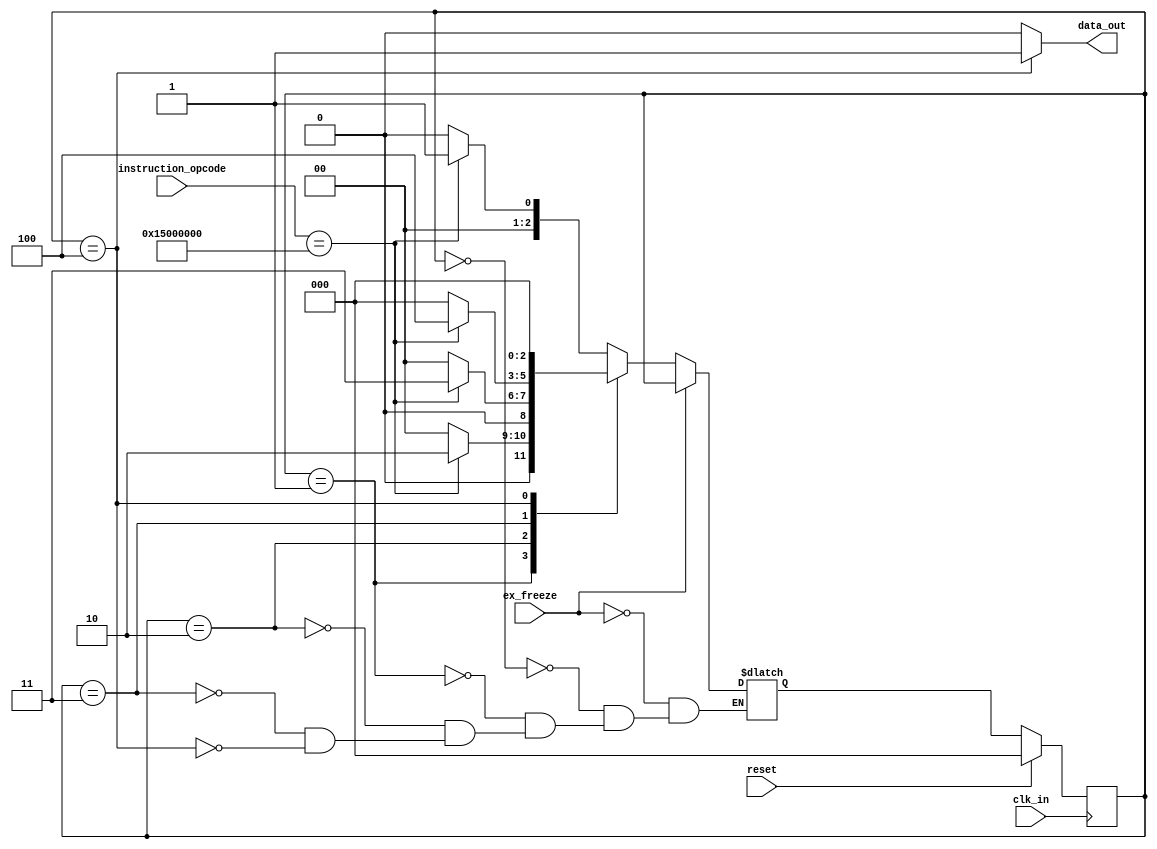
module spoof(
	instruction_opcode,
	ex_freeze,
	clk_in,
	data_out,
	reset
	);
input	[31:0]	instruction_opcode;
input		ex_freeze;
input		clk_in;
input		reset;
output		data_out;


localparam	STATE_Initial		= 3'd0,
		STATE_1			= 3'd1,
		STATE_2			= 3'd2,
		STATE_3			= 3'd3,
		STATE_4			= 3'd4,
		STATE_5_Placeholder	= 3'd5,
		STATE_6_Placeholder	= 3'd6,
		STATE_7_Placeholder	= 3'd7;	
		
//OPCODES for sequence recognition
localparam	OPCODE_A		= 32'h15000000,
		OPCODE_B		= 32'h15000000,
		OPCODE_C		= 32'h15000000,
		OPCODE_D		= 32'h15000000;



wire [31:0] instruction_opcode;
wire ex_freeze;
wire clk_in;
wire reset;
reg  data_out;

//state registers
reg[2:0] CurrentState;
reg[2:0] NextState;


//synchronous state transition
always@ (posedge clk_in)
begin: STATE_TRANS
	if(reset) CurrentState <= STATE_Initial;
	else CurrentState <= NextState;
	
end	

//conditional state transition
always@ (*)
begin
	if(ex_freeze) begin 
		NextState <= CurrentState;
	end
	else begin
		case(CurrentState)
			STATE_Initial: begin
				if(instruction_opcode == OPCODE_A) NextState <= STATE_1;
				else NextState <= STATE_Initial;
			end	
			STATE_1: begin
				if(instruction_opcode == OPCODE_B) NextState <= STATE_2;
				else NextState <= STATE_Initial;
			end
			STATE_2: begin
				if(instruction_opcode == OPCODE_C) NextState <= STATE_3;
				else NextState <= STATE_Initial;
			end
			STATE_3: begin
				if(instruction_opcode == OPCODE_D) NextState <= STATE_4;
				else NextState <= STATE_Initial;
			end
			STATE_4: begin
				NextState <= STATE_Initial;
			end
			STATE_5_Placeholder: begin
			end
			STATE_6_Placeholder: begin
			end
			STATE_7_Placeholder: begin
			end
		endcase
	end
end

//output
always@ (*)
begin
	data_out = 1'b0;
	if(CurrentState == STATE_4) data_out = 1'b1;
end
endmodule